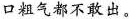
口粗气都不敢出。